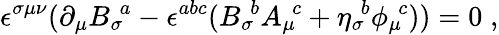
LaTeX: \epsilon^{\sigma\mu\nu}(\partial_{\mu}{B_{\sigma}}\! ^{a}-\epsilon^{abc}({B_{\sigma}}\! ^{b}{A_{\mu}}\! ^{c}+{\eta_{\sigma}}\! ^{b}{\phi_{\mu}}\! ^{c}))=0\; ,